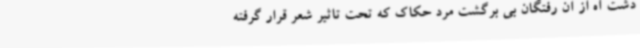
دشت آه از آن رفتگان بی برگشت مرد حکاک که تحت تاثیر شعر قرار گرفته